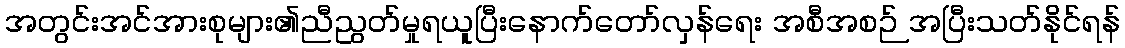
အတွင်းအင်အားစုများ၏ညီညွတ်မှုရယူပြီးနောက်တော်လှန်ရေး အစီအစဉ် အပြီးသတ်နိုင်ရန်